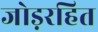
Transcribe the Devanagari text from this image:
जोड़रहित